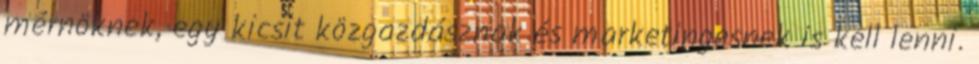
mérnöknek, egy kicsit közgazdásznak és marketingesnek is kell lenni.